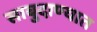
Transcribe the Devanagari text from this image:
साबुदाण्यात